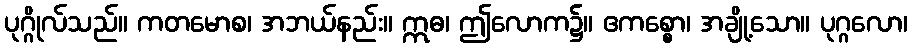
ပုဂ္ဂိုလ်သည်။ ကတမောစ၊ အဘယ်နည်း။ ဣဓ၊ ဤလောက၌။ ဧကစ္စော၊ အချို့သော။ ပုဂ္ဂလော၊